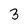
Character: 3